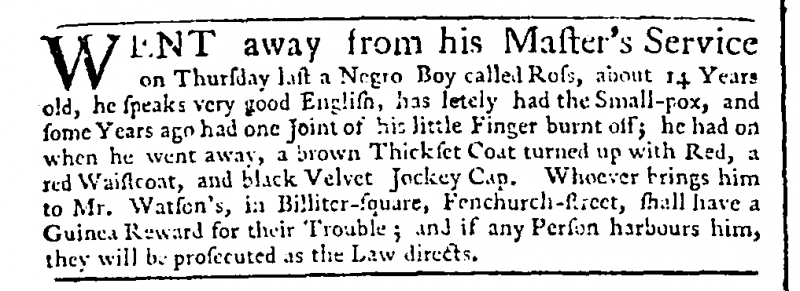
Public Advertiser, 11 April 1757 (England)
WENT away from his Master’s Service on Thursday last, a Negro Boy called Ross, about 14 Years old, he speaks very good English, has lately had the Small-pox, and some Years ago had one Joint of his little Finger burnt off; he had on when he went away, a brown Thickset Coat turned up with Red, a red Waistcoat, and black Velvet Jockey Cap. Whoever brings him to Mr. Watson’s, in Billiter-square, Fenchurch-street, shall have a Guinea Reward for their Trouble; and if any Person harbours him, they will be prosecuted as the Law directs.